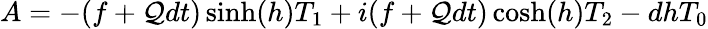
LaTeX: A=-(f+\mathcal{Q}dt)\sinh(h)T_{1}+i(f+\mathcal{Q}dt)\cosh(h)T_{2}-dhT_{0}